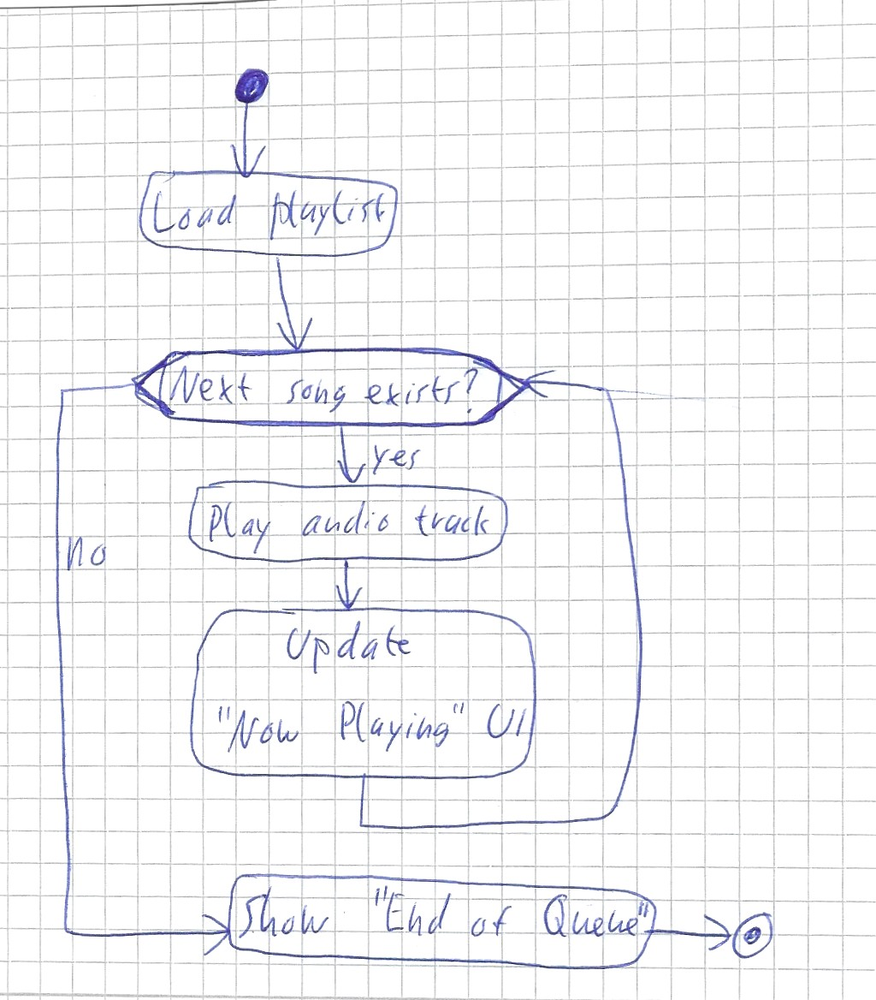
Diagram type: activity_diagram
```plantuml
@startuml

start
:Load Playlist;
while (Next song exists?) is (yes)
  :Play audio track;
  :Update "Now Playing" UI;
endwhile (no)
:Show "End of Queue";
stop

@enduml
```